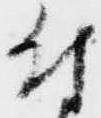
付